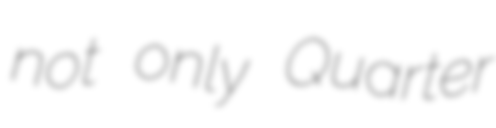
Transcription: not only Quarter